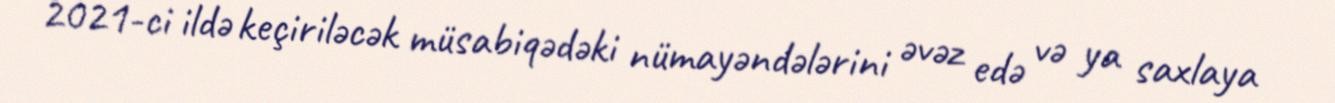
2021-ci ildə keçiriləcək müsabiqədəki nümayəndələrini əvəz edə və ya saxlaya